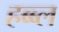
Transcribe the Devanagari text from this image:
हब्ब्ल